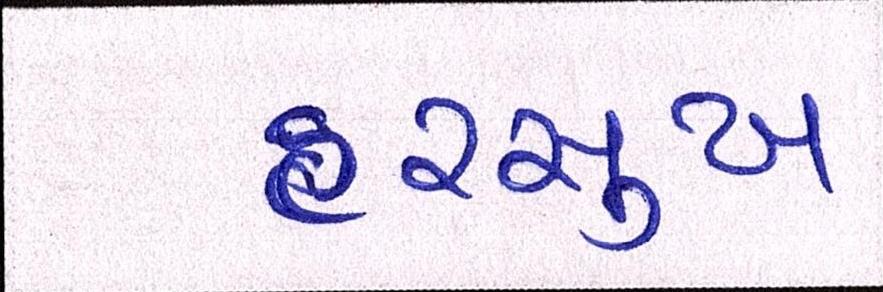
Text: હરસુખ